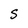
Character: S